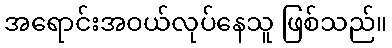
အရောင်းအဝယ်လုပ်နေသူ ဖြစ်သည်။